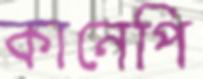
কানেপি